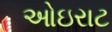
ઓઇરાટ